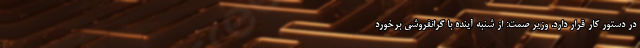
در دستور کار قرار دارد. وزیر صمت: از شنبه آینده با گرانفروشی برخورد